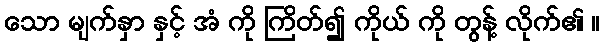
သော မျက်နှာ နှင့် အံ ကို ကြိတ်၍ ကိုယ် ကို တွန့် လိုက်၏ ။